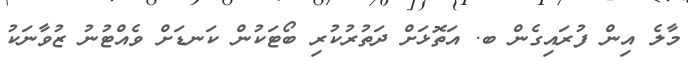
މާލެ އިން ފުރައިގެން ބ. އަތޮޅަށް ދަތުރުކުރި ބޯޓަކުން ކަނޑަށް ވެއްޓުނު ޒުވާނަކު